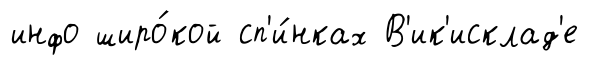
инфо широ́кой сп'и́нках В'ик'исклад'е